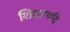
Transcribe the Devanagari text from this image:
शिक्षाणदि